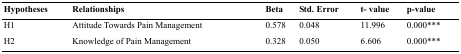
<table><thead><tr><td><b>Hypotheses</b></td><td><b>Relationships</b></td><td><b>Beta</b></td><td><b>Std. Error</b></td><td><b>t- value</b></td><td><b>p-value</b></td></tr></thead><tbody><tr><td>H1</td><td>Attitude Towards Pain Management</td><td>0.578</td><td>0.048</td><td>11.996</td><td>0.000***</td></tr><tr><td>H2</td><td>Knowledge of Pain Management</td><td>0.328</td><td>0.050</td><td>6.606</td><td>0.000***</td></tr></tbody></table>